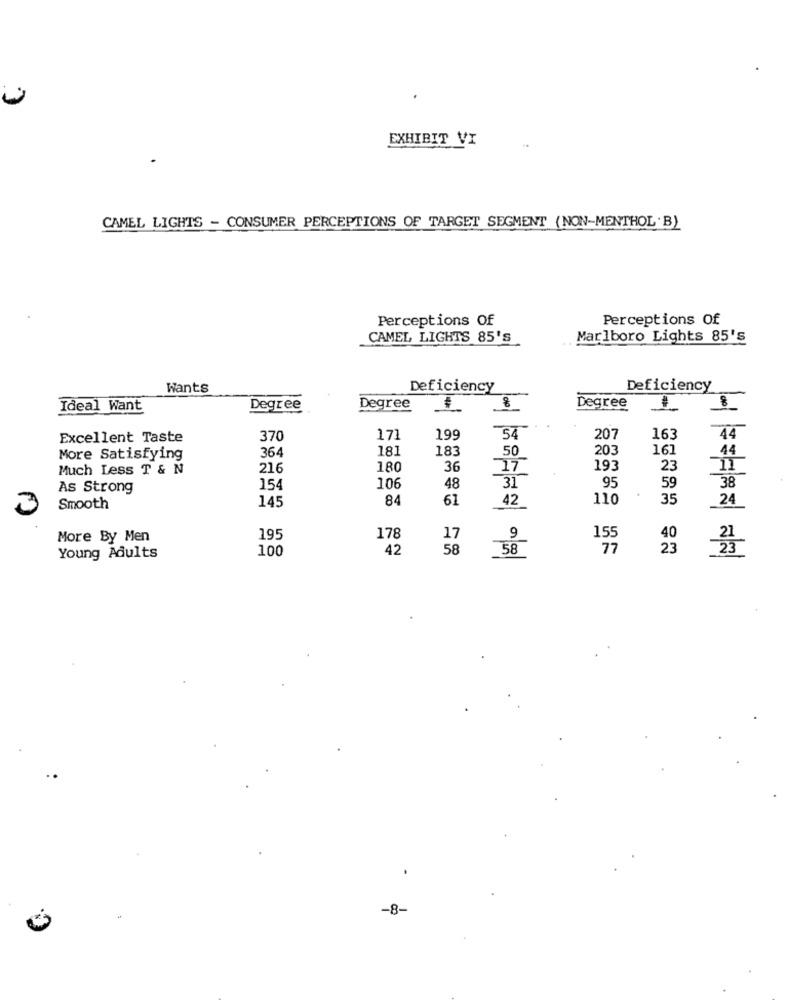
EXHIBIT VI
CAMEL LIGHTS - CONSUMER PERCEPTIONS OF TARGET SEGMENT (NON-MENTHOL.B)
Perceptions Of
Perceptions Of
CAMEL LIGHTS 85'S
Marlboro Lights 85's
Wants
Deficiency
Deficiency
8
Ideal Want
Degree
Degree
Degree
Excellent Taste
370
171
19
54
207
163
44
364
18]
183
50
203
16:
More Satisfying
14
Much Less T & N
216
180
36
193
23
95
59
As Strong
154
106
48
31
38
145
84
61
42
110
35
24
3
Smooth
More By Men
195
178
17
9
155
40
100
42
58
58
77
23
끓
Young Adults
-8-